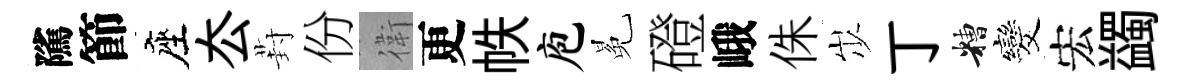
隲節座厺葑份衛更帙庖冕磴峨侏𡵯丁糟发宏蠲